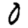
Digit: 0